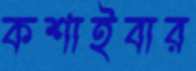
কশাইবার